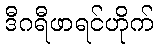
ဒီဂရီဖာရင်ဟိုက်